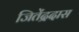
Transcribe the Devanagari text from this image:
जितेंद्रदास